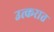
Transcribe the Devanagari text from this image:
उत्करात